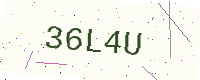
Text: 36L4U